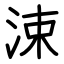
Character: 涑